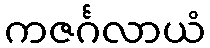
ကဇင်္ဂလာယံ